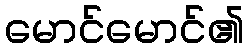
မောင်မောင်၏